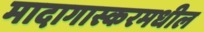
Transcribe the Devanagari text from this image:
मादागास्करमधील